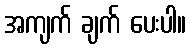
အကျက် ချက် ပေးပါ။